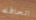
الحافله